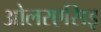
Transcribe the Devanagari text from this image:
ओलरएसिइ